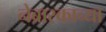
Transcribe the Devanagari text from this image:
नेब्रास्काच्या